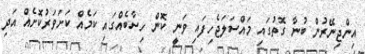
އިންޖިނޭރުން ބުނާ ގޮތުގައި މައްސަލަޖެހިފައި ވަނީ ކޮން ހިސާބެއްގައި ކަމެއް ކަށަވަރުކޮށެއް އަދި